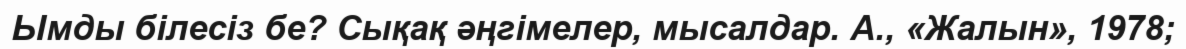
Ымды білесіз бе? Сықақ әңгімелер, мысалдар. А., «Жалын», 1978;